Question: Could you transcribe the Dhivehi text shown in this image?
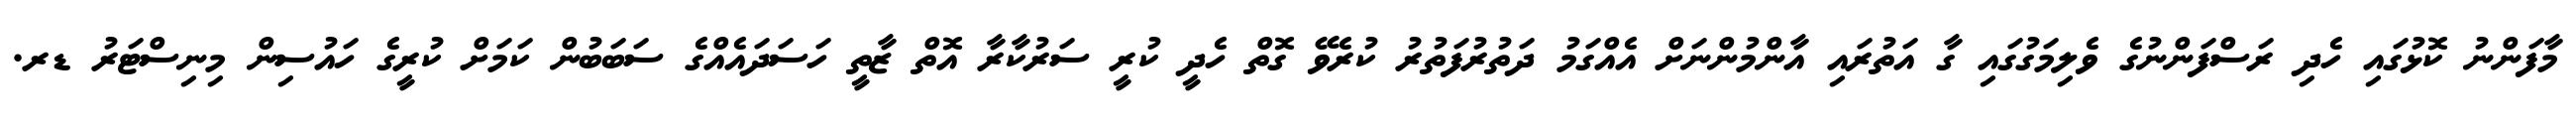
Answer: މާފަންނު ކޮޅުގައި ހެދި ރަސްފަންނުގެ ވެލިމަގުގައި ގާ އަތުރައި އާންމުންނަށް އެއްގަމު ދަތުރުފަތުރު ކުރެވޭ ގޮތް ހެދީ ކުރީ ސަރުކާރާ އޮތް ޒާތީ ހަސަދައެއްގެ ސަބަބުން ކަމަށް ކުރީގެ ހައުސިން މިނިސްޓަރު ޑރ.